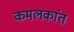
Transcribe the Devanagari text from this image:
कमलकांत